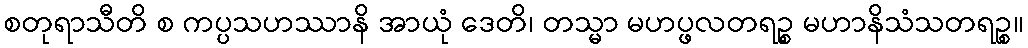
စတုရာသီတိ စ ကပ္ပသဟဿာနိ အာယုံ ဒေတိ၊ တသ္မာ မဟပ္ဖလတရဉ္စ မဟာနိသံသတရဉ္စ။